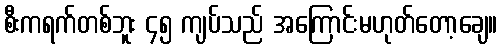
စီးကရက်တစ်ဘူး ၄၅ ကျပ်သည် အကြောင်းမဟုတ်တော့ချေ။